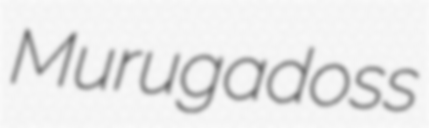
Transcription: Murugadoss